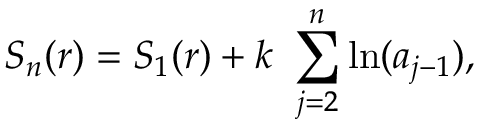
S _ { n } ( r ) = S _ { 1 } ( r ) + k \ \sum _ { j = 2 } ^ { n } \ln ( a _ { j - 1 } ) ,